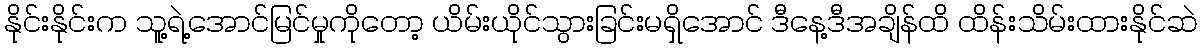
နိုင်းနိုင်းက သူ့ရဲ့အောင်မြင်မှုကိုတော့ ယိမ်းယိုင်သွားခြင်းမရှိအောင် ဒီနေ့ဒီအချိန်ထိ ထိန်းသိမ်းထားနိုင်ဆဲ